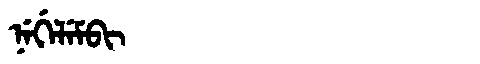
Manchu: ᠨᡝᡤᡝᠯᡝᠮᠪᡳ
Romanization: NEGELEMBI